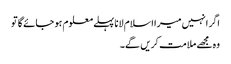
اگر انہیں میرا اسلام لانا پہلے معلوم ہو جائے گا تو
وہ مجھے ملامت کریں گے۔